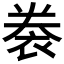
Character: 𧙯